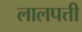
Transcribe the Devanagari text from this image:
लालपत्ती